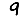
Digit: 9